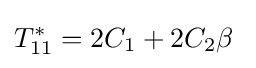
T_{11}^{*}=2C_{1}+2C_{2}\beta ~